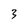
Character: 3